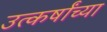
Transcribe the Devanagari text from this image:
उत्कर्षांच्या